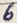
Text: 6